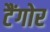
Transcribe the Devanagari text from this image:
टैंगोर